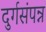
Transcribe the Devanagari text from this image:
दुर्गसंपन्न